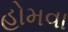
હોમવા